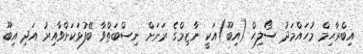
އިބްރާޙިމް މުހައްމަދު ސޯލިޙް (އިބޫ)އަކީ ނާޒިމްގެ ރަށަށް ނިސްބަތްވާ ބޭފުޅަކަށްވާއިރު އަދި އިބޫ